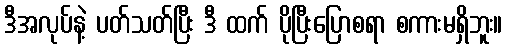
ဒီအလုပ်နဲ့ ပတ်သတ်ပြီး ဒီ ထက် ပိုပြီးပြောစရာ စကားမရှိဘူး။